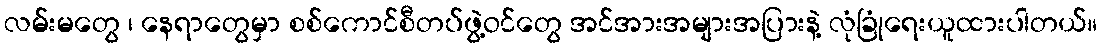
လမ်းမတွေ ၊ နေရာတွေမှာ စစ်ကောင်စီတပ်ဖွဲ့ဝင်တွေ အင်အားအများအပြားနဲ့ လုံခြုံရေးယူထားပါတယ်။